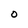
Character: O